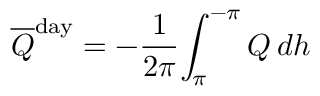
{ \overline { { Q } } } ^ { \mathrm { d a y } } = - { \frac { 1 } { 2 \pi } } { \int _ { \pi } ^ { - \pi } Q \, d h }